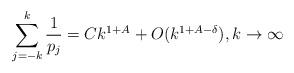
LaTeX: \begin{align*}\sum_{j=-k}^k\frac{1}{p_j}=Ck^{1+A}+O(k^{1+A-\delta}),k\to\infty\end{align*}